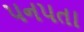
પનપતા